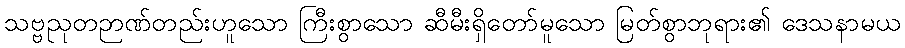
သဗ္ဗညုတဉာဏ်တည်းဟူသော ကြီးစွာသော ဆီမီးရှိတော်မူသော မြတ်စွာဘုရား၏ ဒေသနာမယ